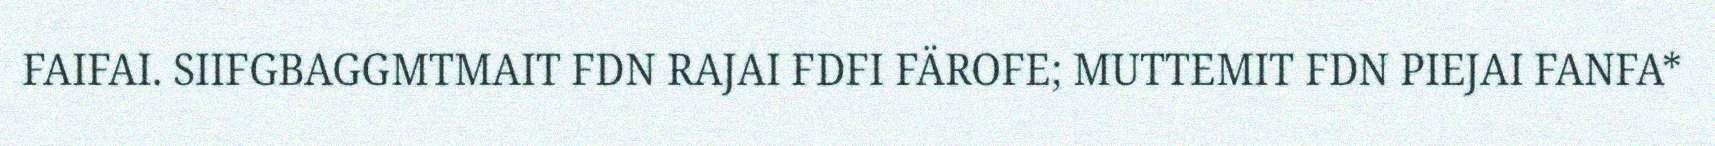
FAIFAI. SIIFGBAGGMTMAIT FDN RAJAI FDFI FÄROFE; MUTTEMIT FDN PIEJAI FANFA*